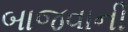
બાજવાની